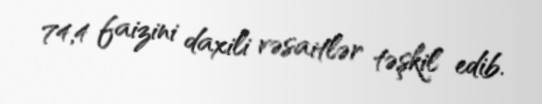
74,4 faizini daxili vəsaitlər təşkil edib.